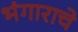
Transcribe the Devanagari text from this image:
भंगाराचे